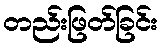
တည်းဖြတ်ခြင်း